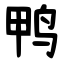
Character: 鸭